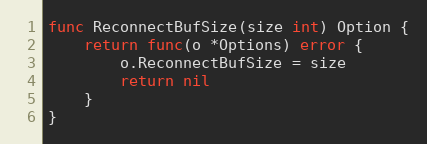
Language: Go
func ReconnectBufSize(size int) Option {
	return func(o *Options) error {
		o.ReconnectBufSize = size
		return nil
	}
}